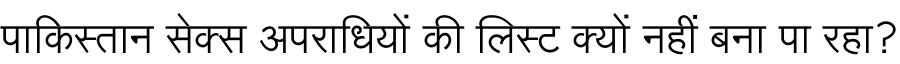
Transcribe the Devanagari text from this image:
पाकिस्तान सेक्स अपराधियों की लिस्ट क्यों नहीं बना पा रहा?